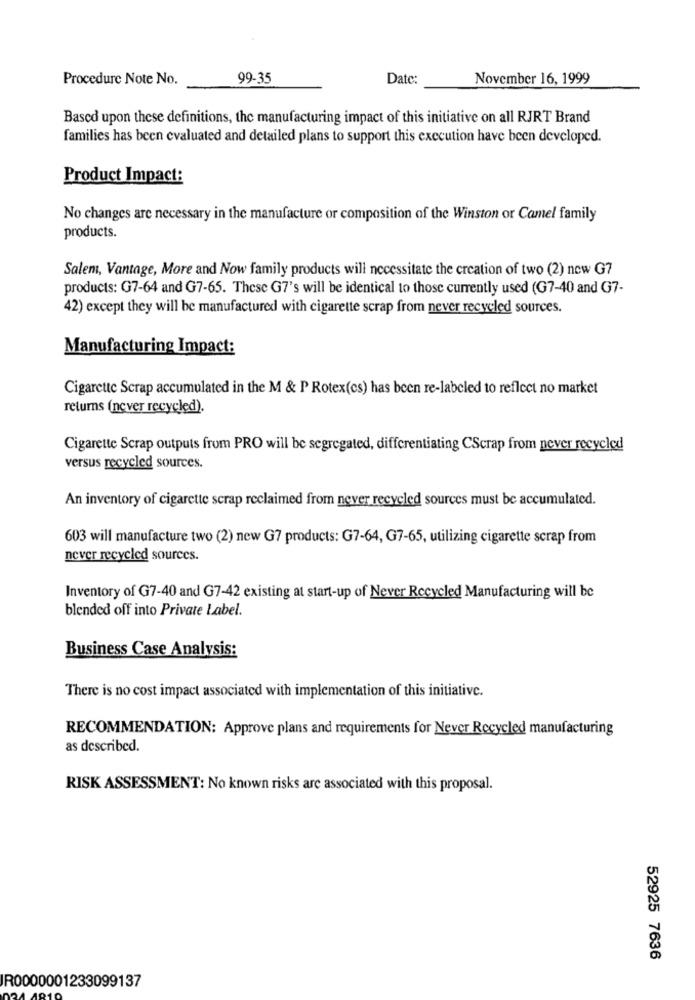
Procedure Note No.
99-35
Date:
November 16, 1999
Based upon these definitions, the manufacturing impact of this initiative on all RJRT Brand
families has been evaluated and detailed plans to support this execution have been developed.
Product Impact:
No changes are necessary in the manufacture or composition of the Winston or Camel family
products.
Salem, Vantage, More and Now family products will necessitate the creation of two (2) now G7
products: G7-64 and G7-65. These G7's will be identical to those currently used (G7-40 and G7-
42) except they will be manufactured with cigarette scrap from never recycled sources.
Manufacturing Impact:
Cigarette Scrap accumulated in the M & P Rotex(cs) has been re-labeled to reflect no market
returns (never recycled).
Cigarette Scrap outputs from PRO will be segregated, differentiating CScrap from never recycled
versus recycled sources.
An inventory of cigarette scrap reclaimed from never recycled sources must be accumulated.
603 will manufacture two (2) new G7 products: G7-64, G7-65, utilizing cigarette scrap from
never recycled sources.
Inventory of G7-40 and G7-42 existing at start-up of Never Recycled Manufacturing will be
blended off into Private Label.
Business Case Analysis:
There is no cost impact associated with implementation of this initiative.
RECOMMENDATION: Approve plans and requirements for Never Recycled manufacturing
as described.
RISK ASSESSMENT: No known risks are associated with this proposal.
52925 7636
R0000001233099137